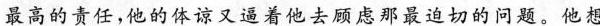
最高的责任，他的体谅又逼着他去顾虑那最迫切的问题。他想